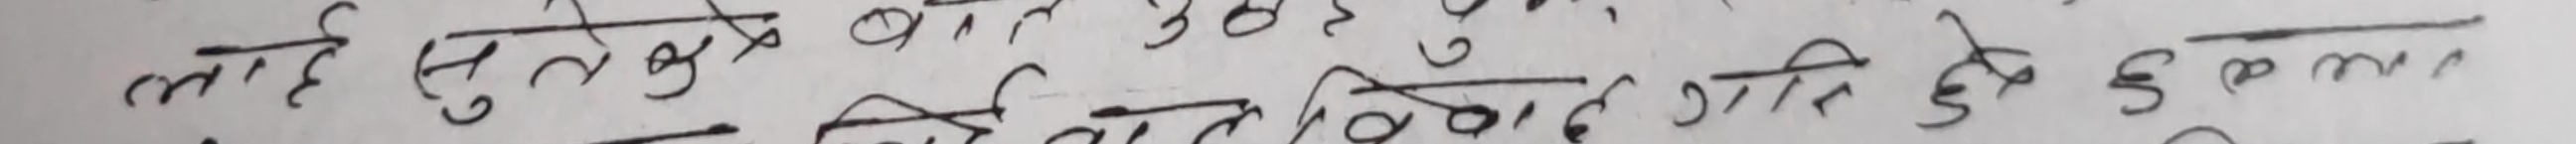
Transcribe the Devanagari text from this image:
मलाई सुनुके बात हुँदै गर्दा पनि बिबाद गर्दै छु म।